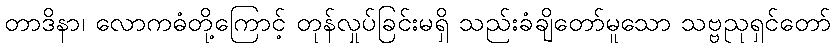
တာဒိနာ၊ လောကဓံတို့ကြောင့် တုန်လှုပ်ခြင်းမရှိ သည်းခံချိတော်မူသော သဗ္ဗညုရှင်တော်